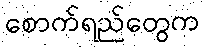
စောက်ရည်တွေက